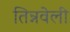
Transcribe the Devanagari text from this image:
तिन्नवेली